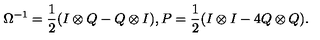
\Omega ^ { - 1 } = \frac { 1 } { 2 } ( I \otimes Q - Q \otimes I ) , P = \frac { 1 } { 2 } ( I \otimes I - 4 Q \otimes Q ) .